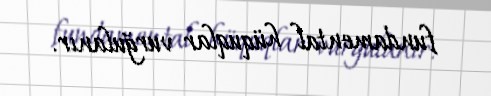
fundamental hüquqlar vurğulanır.